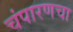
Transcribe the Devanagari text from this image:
चंपारणचा